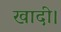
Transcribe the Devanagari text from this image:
खादी।